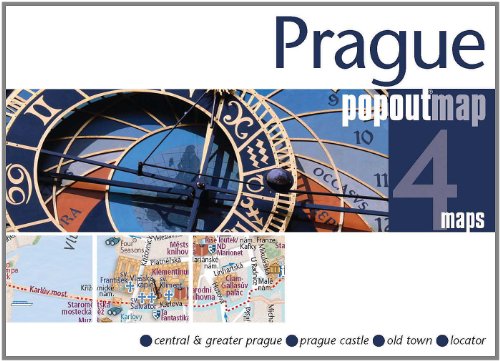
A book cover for Prague PopOut Map: pop-up city street map of Prague city center - folded pocket size travel map (PopOut Maps); PopOut Maps; Travel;